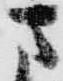
さ